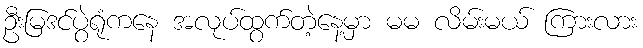
ဦးမြဒင်ပွဲရုံကနေ အလုပ်ထွက်တဲ့နေ့မှာ မမ လိမ်းမယ် ကြားလား